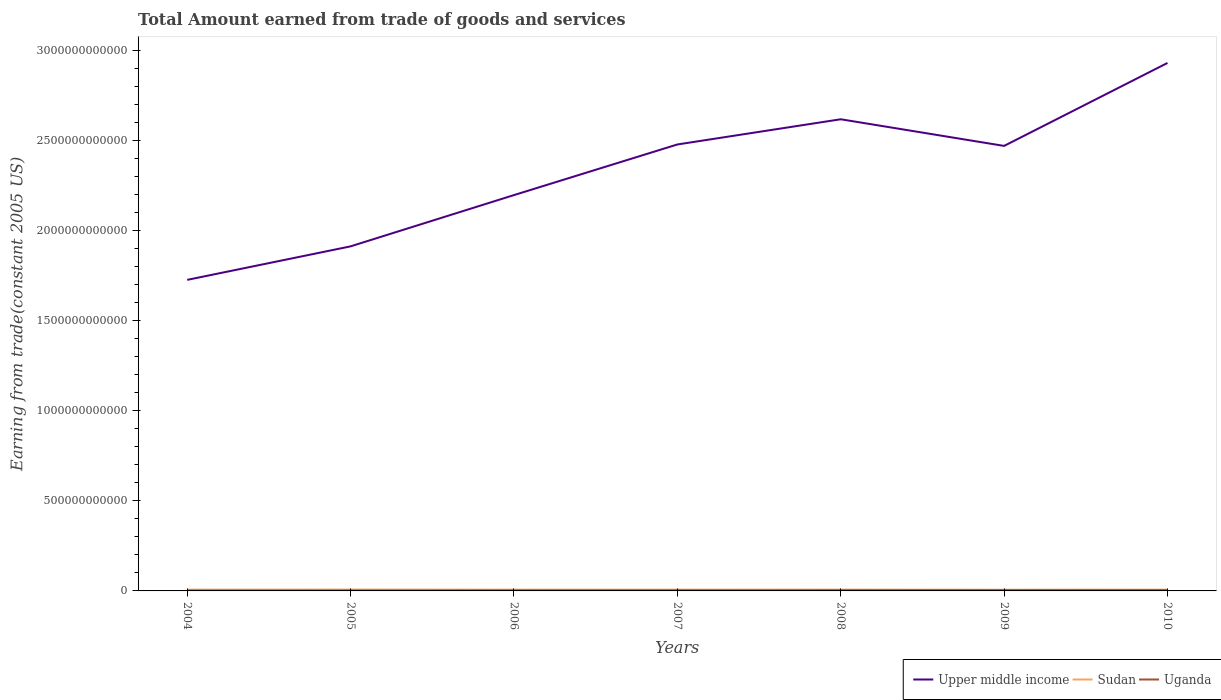
| Years | Upper middle income | Sudan | Uganda |
 | --- | --- | --- | --- |
 | 2004 | 1.73e+12 | 6.97e+09 | 1.99e+09 |
 | 2005 | 1.91e+12 | 7.53e+09 | 2.24e+09 |
 | 2006 | 2.2e+12 | 7.2e+09 | 2.67e+09 |
 | 2007 | 2.48e+12 | 7.22e+09 | 3.11e+09 |
 | 2008 | 2.62e+12 | 7.24e+09 | 3.65e+09 |
 | 2009 | 2.47e+12 | 6.72e+09 | 4.27e+09 |
 | 2010 | 2.93e+12 | 7.17e+09 | 4.18e+09 |